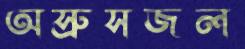
অস্রুসজল